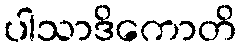
ပါသာဒိကောတိ